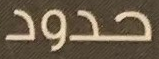
حدود